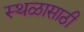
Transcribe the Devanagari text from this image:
स्थळासाठी